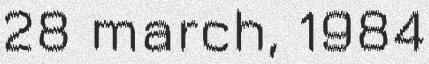
28 march, 1984